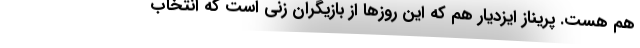
هم هست. پریناز ایزدیار هم که این روزها از بازیگران زنی است که انتخاب